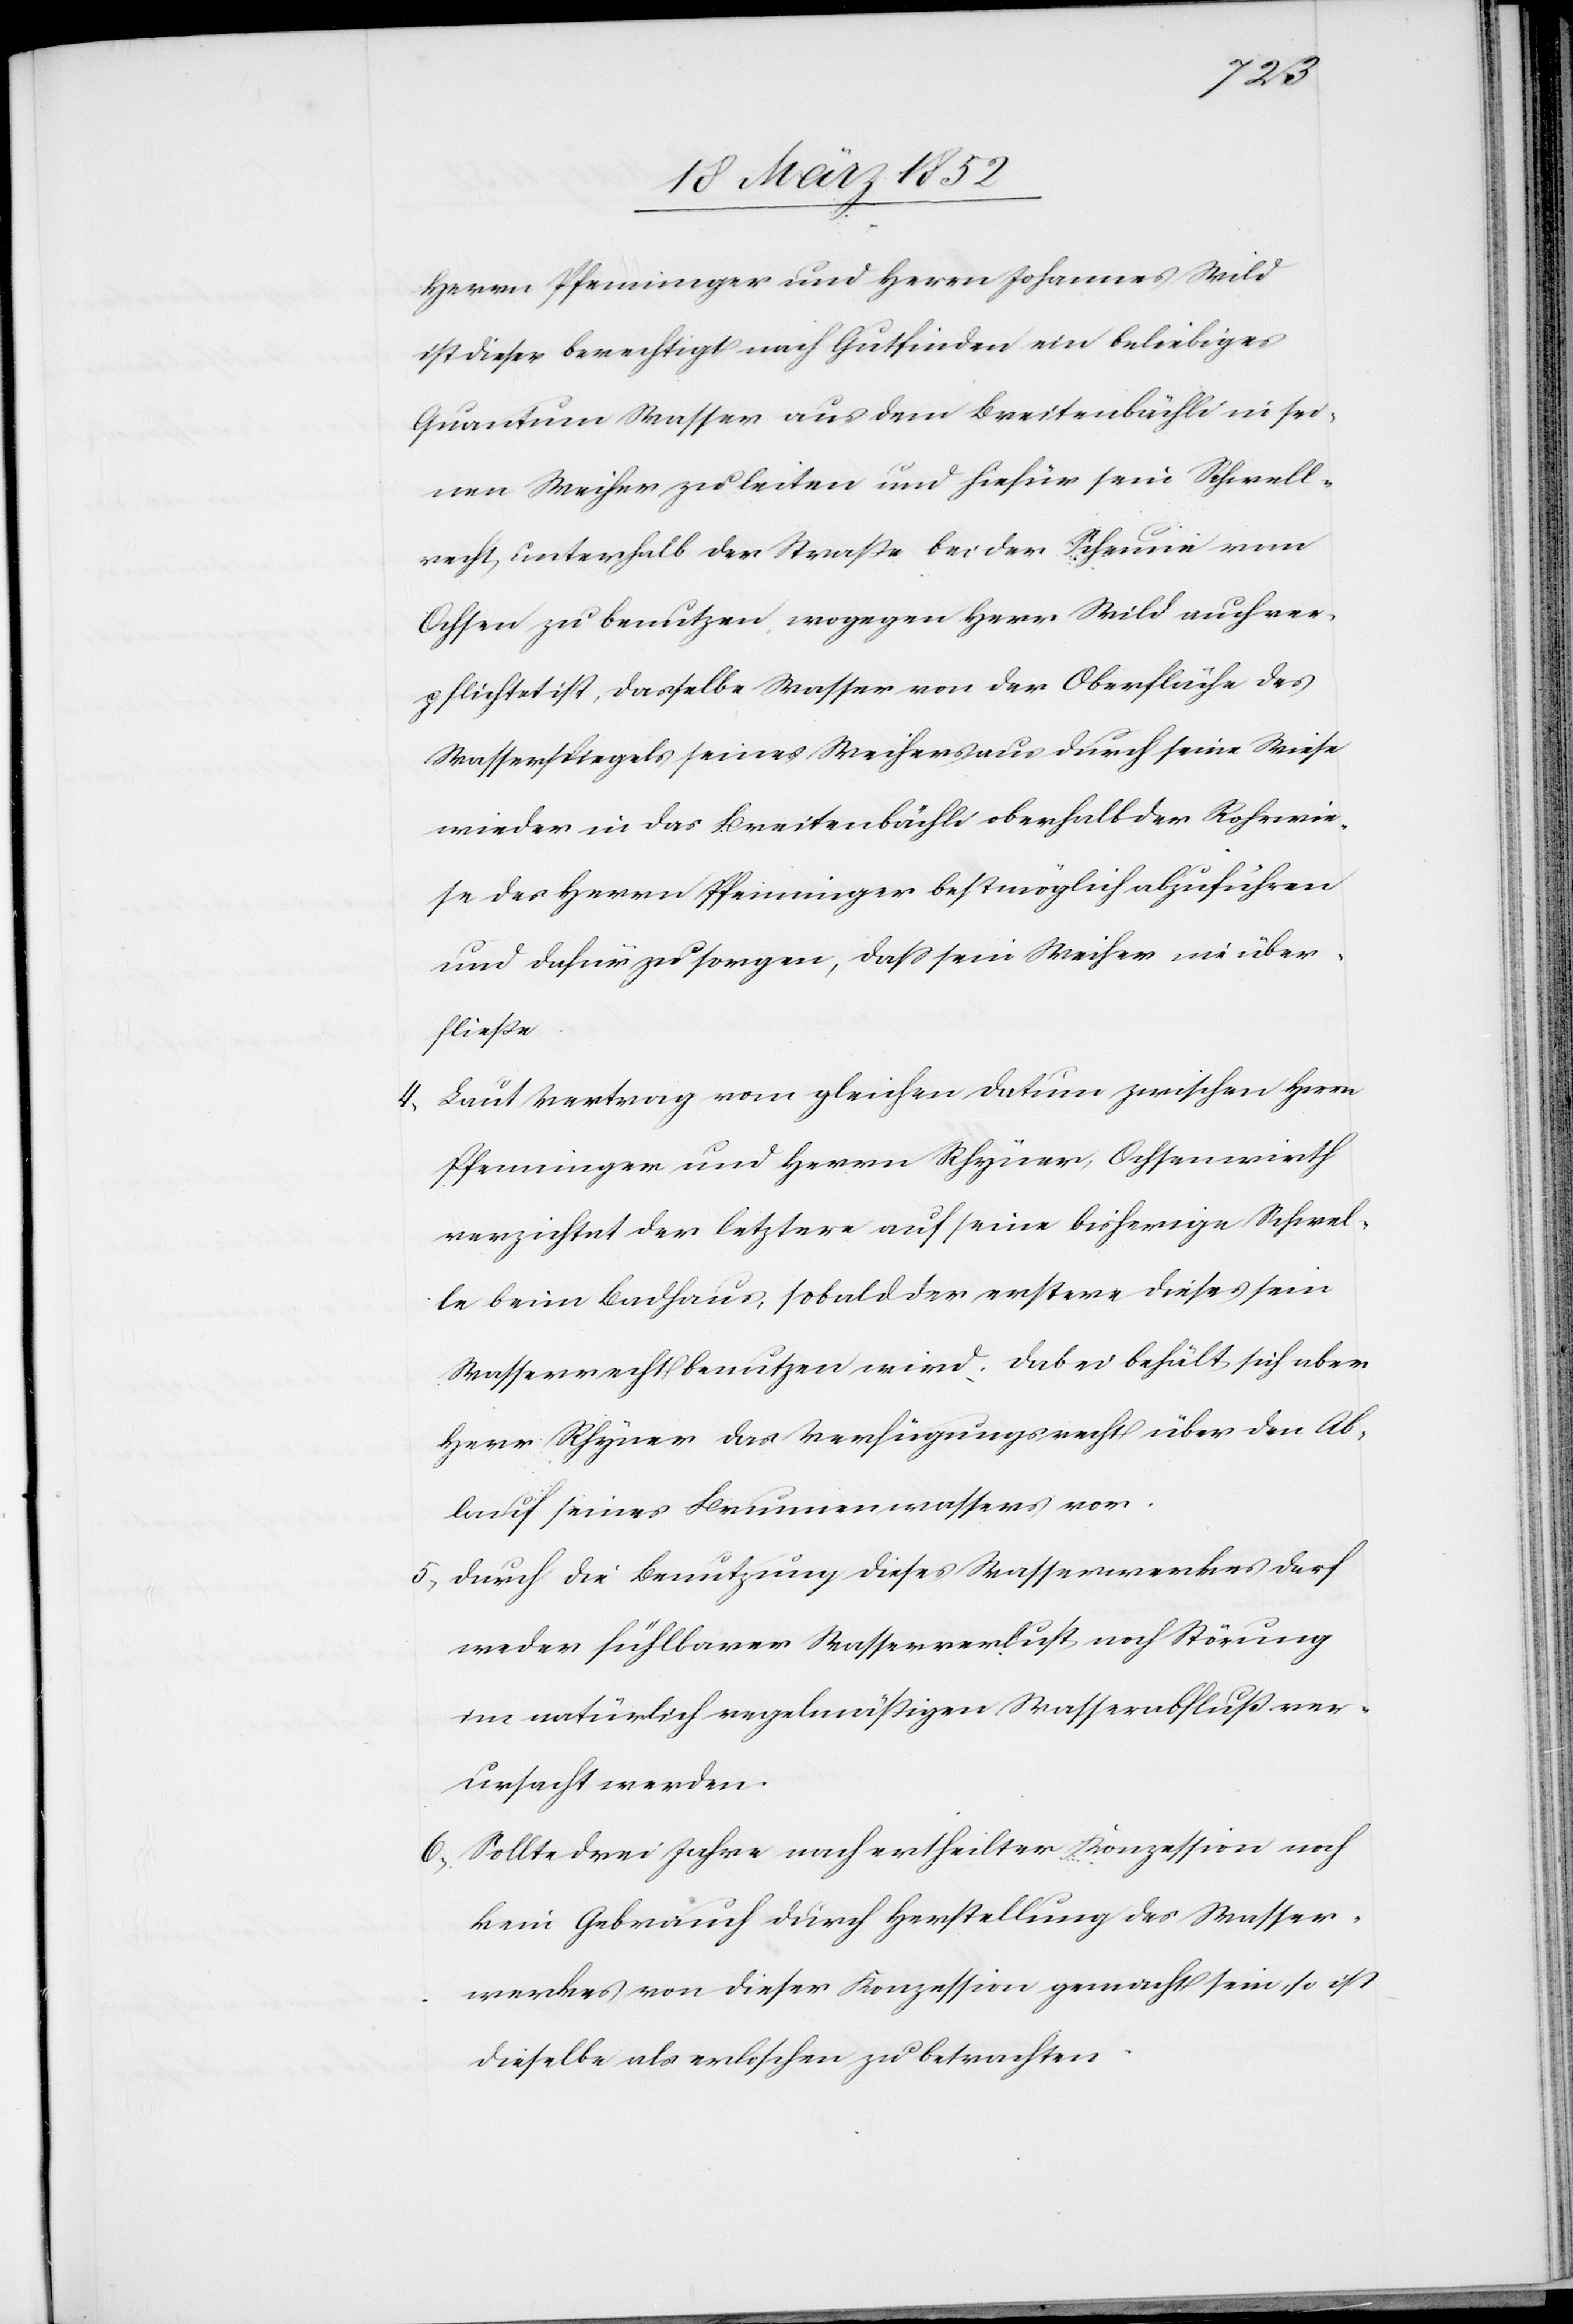
Herrn Pfenninger und Herrn Johannes Wild
ist dieser berechtigt nach Gutfinden ein beliebiges
Quantum Wasser aus dem Breitenbächli in sei¬
nen Weiher zu leiten und hiefür sein Schwell¬
recht unterhalb der Straße bei der Scheune vom
Ochsen zu benutzen, wogegen Herr Wild auch ver¬
pflichtet ist, dasselbe Wasser von der Oberfläche des
Wasserspiegels seines Weihers aus durch seine Wiese
wieder in das Breitenbächli oberhalb der Rohrwie¬
se des Herrn Pfenninger bestmöglich abzuführen
und dafür zu sorgen, daß sein Weiher nie über¬
fließe.
4) Laut Vertrag vom gleichen Datum zwischen Herrn
Pfenninger und Herrn Rhyner, Ochsenwirth
verzichtet der letztere auf seine bisherige Schwel¬
le beim Badhaus, sobald der erstere dieses sein
Wasserrecht benutzen wird. Dabei behält sich aber
Herr Rhyner das Verfügungsrecht über den Ab¬
lauf seines Brunnenwassers vor.
5) Durch die Benutzung dieses Wasserwerkes darf
weder fühlbarer Wasserverlust noch Störung
im natürlich regelmäßigen Wasserabfluß ver¬
ursacht werden.
6) Sollte drei Jahre nach ertheilter Konzession noch
kein Gebrauch durch Herstellung des Wasser¬
werkes von dieser Konzession gemacht sein, so ist
dieselbe als erloschen zu betrachten.